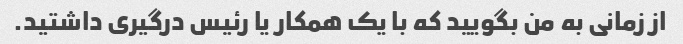
از زمانی به من بگویید که با یک همکار یا رئیس درگیری داشتید.